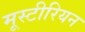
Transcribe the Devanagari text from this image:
मूस्टीरियन